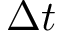
\Delta t